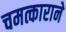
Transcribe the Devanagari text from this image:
चमत्काराने